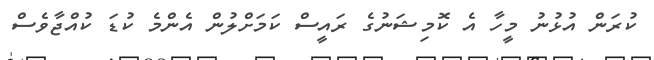
ކުރަން އުޅުނު މީހާ އެ ކޮމިޝަނުގެ ރައީސް ކަމަށްލުން އެންމެ ކުޑަ ކުއްޖާވެސް